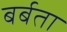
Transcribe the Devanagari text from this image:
बर्बता